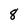
Character: 8